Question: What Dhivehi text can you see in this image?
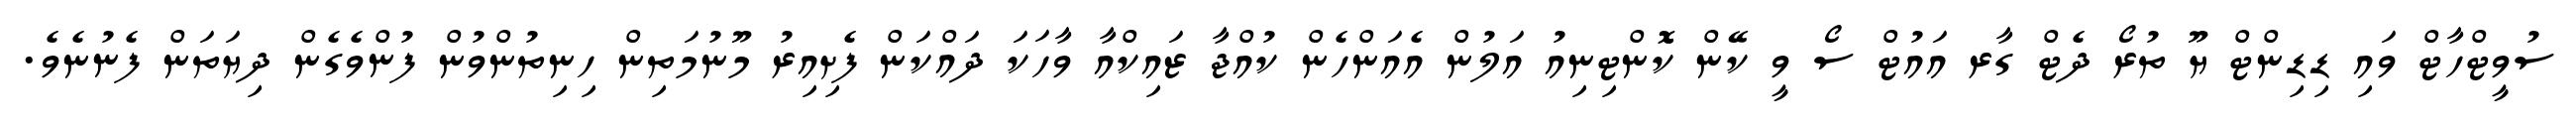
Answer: ސުވީޓްހާޓް ވައި ޑިޑިންޓް ޔޫ ތުރޯ ދެޓް ގާރ އައުޓް ސޯ ވީ ކޭން ކޮންޓިނިއު އަލުން އެއަންހެން ކުއްޖާ ޒައިކްއާ ވާހަކަ ދައްކަން ފެށިއިރު މޫނުމަތިން ހިނިތުންވުން ފުންވެގެން ދިޔަތަން ފެނުނެވެ.